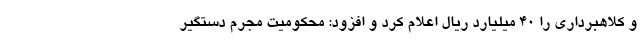
و کلاهبرداری را ۴۰ میلیارد ریال اعلام کرد و افزود: محکومیت مجرم دستگیر